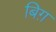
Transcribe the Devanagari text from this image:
बिग़